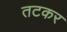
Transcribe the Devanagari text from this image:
तटकर